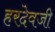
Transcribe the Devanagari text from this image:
हरदेवजी